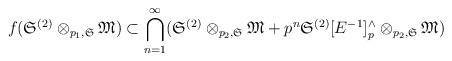
LaTeX: \begin{align*}f_{}(\mathfrak{S}^{(2)}\otimes_{p_1, \mathfrak{S}} \mathfrak{M}) \subset \bigcap_{n=1}^{\infty} (\mathfrak{S}^{(2)}\otimes_{p_2, \mathfrak{S}} \mathfrak{M}+p^n\mathfrak{S}^{(2)}[E^{-1}]^{\wedge}_p\otimes_{p_2, \mathfrak{S}} \mathfrak{M})\end{align*}